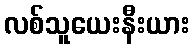
လစ်သူယေးနီးယား